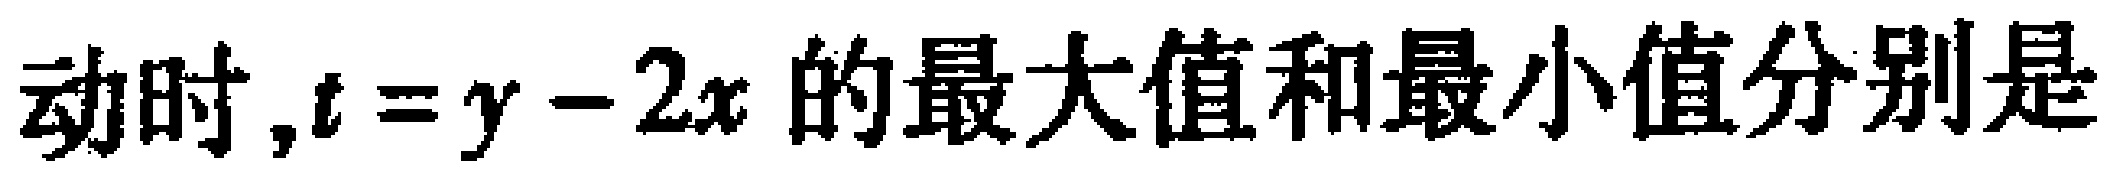
动时,$t = y - 2x$ 的最大值和最小值分别是